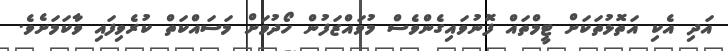
އަދި އެކި އަތޮޅުތަކަށް ޓީމްތައް ފޮނުވައިގެންވެސް މުވައްޒަފުން ހޯދުމަށް މަސައްކަތް ކުރެވިފައި ވާކަމަށެވެ.